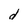
Character: d